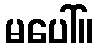
မပေါ်။